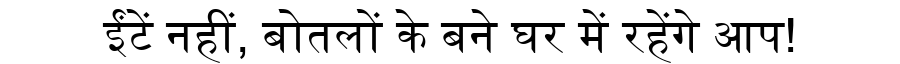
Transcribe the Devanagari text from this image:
ईंटें नहीं, बोतलों के बने घर में रहेंगे आप!